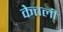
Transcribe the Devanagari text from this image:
केत्तर्ली